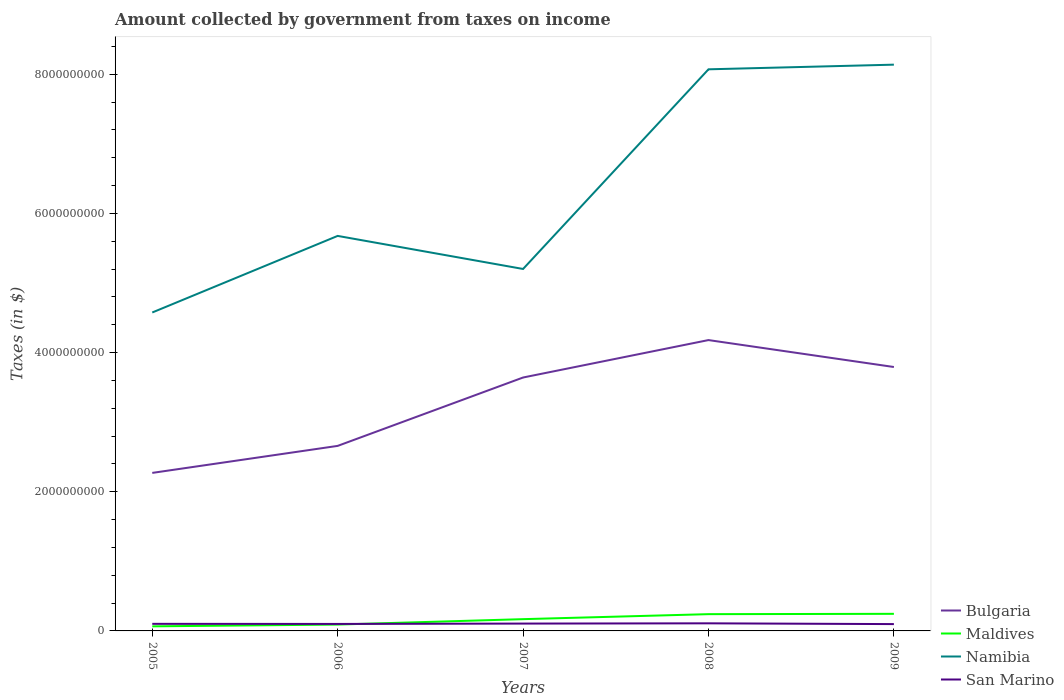
| Years | Bulgaria | Maldives | Namibia | San Marino |
 | --- | --- | --- | --- | --- |
 | 2005 | 2.27e+09 | 6.57e+07 | 4.58e+09 | 1.02e+08 |
 | 2006 | 2.66e+09 | 9.14e+07 | 5.68e+09 | 1e+08 |
 | 2007 | 3.64e+09 | 1.69e+08 | 5.2e+09 | 1.06e+08 |
 | 2008 | 4.18e+09 | 2.41e+08 | 8.07e+09 | 1.09e+08 |
 | 2009 | 3.79e+09 | 2.46e+08 | 8.14e+09 | 9.8e+07 |